Indian journal of veterinary science and animal husbandry - Volume 8,
Year: 1938
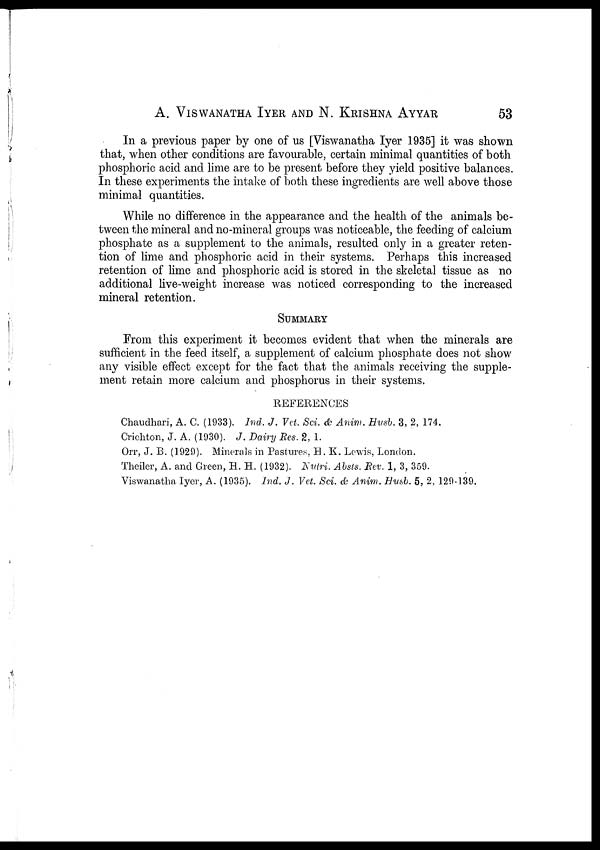
A. VISWANATHA IYER AND N. KRISHNA AYYAR 53
In a previous paper by one of us [Viswanatha Iyer 1935] it was shown
that, when other conditions are favourable, certain minimal quantities of both
phosphoric acid and lime are to be present before they yield positive balances.
In these experiments the intake of both these ingredients are well above those
minimal quantities.
While no difference in the appearance and the health of the animals be-
tween the mineral and no-mineral groups was noticeable, the feeding of calcium
phosphate as a supplement to the animals, resulted only in a greater reten-
tion of lime and phosphoric acid in their systems. Perhaps this increased
retention of lime and phosphoric acid is stored in the skeletal tissue as no
additional live-weight increase was noticed corresponding to the increased
mineral retention.
SUMMARY
From this experiment it becomes evident that when the minerals are
sufficient in the feed itself, a supplement of calcium phosphate does not show
any visible effect except for the fact that the animals receiving the supple-
ment retain more calcium and phosphorus in their systems.
REFERENCES
Chaudhari, A. C. (1933). Ind. J. Vet. Sci. & Anim. Husb. 3, 2, 174.
Crichton, J. A. (1930). J. Dairy Res. 2, 1.
Orr, J. B. (1929). Minerals in Pastures, H. K. Lewis, London.
Theiler, A. and Green, H. H. (1932). Nutri. Absts. Rev. 1, 3, 359.
Viswanatha Iyer, A. (1935). Ind. J. Vet. Sci. & Anim. Husb. 5, 2, 129-139.